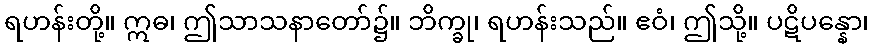
ရဟန်းတို့။ ဣဓ၊ ဤသာသနာတော်၌။ ဘိက္ခု၊ ရဟန်းသည်။ ဧဝံ၊ ဤသို့။ ပဋိပန္နော၊